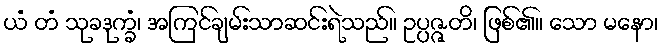
ယံ တံ သုခဒုက္ခံ၊ အကြင်ချမ်းသာဆင်းရဲသည်။ ဥပ္ပဇ္ဇတိ၊ ဖြစ်၏။ သော မနော၊